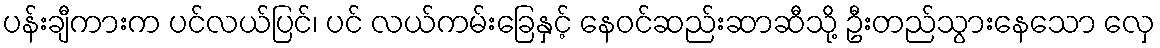
ပန်းချီကားက ပင်လယ်ပြင်၊ ပင် လယ်ကမ်းခြေနှင့် နေဝင်ဆည်းဆာဆီသို့ ဦးတည်သွားနေသော လှေ